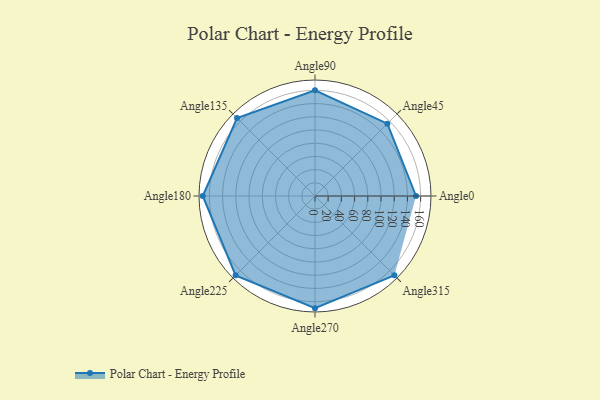
{"axis": {"x": "Angle", "y": "Radius"}, "legend": [""], "data": [{"x": "Angle0", "y": 153.0, "type": ""}, {"x": "Angle45", "y": 155.0, "type": ""}, {"x": "Angle90", "y": 160.0, "type": ""}, {"x": "Angle135", "y": 167.0, "type": ""}, {"x": "Angle180", "y": 170, "type": ""}, {"x": "Angle225", "y": 170, "type": ""}, {"x": "Angle270", "y": 170, "type": ""}, {"x": "Angle315", "y": 170, "type": ""}]}